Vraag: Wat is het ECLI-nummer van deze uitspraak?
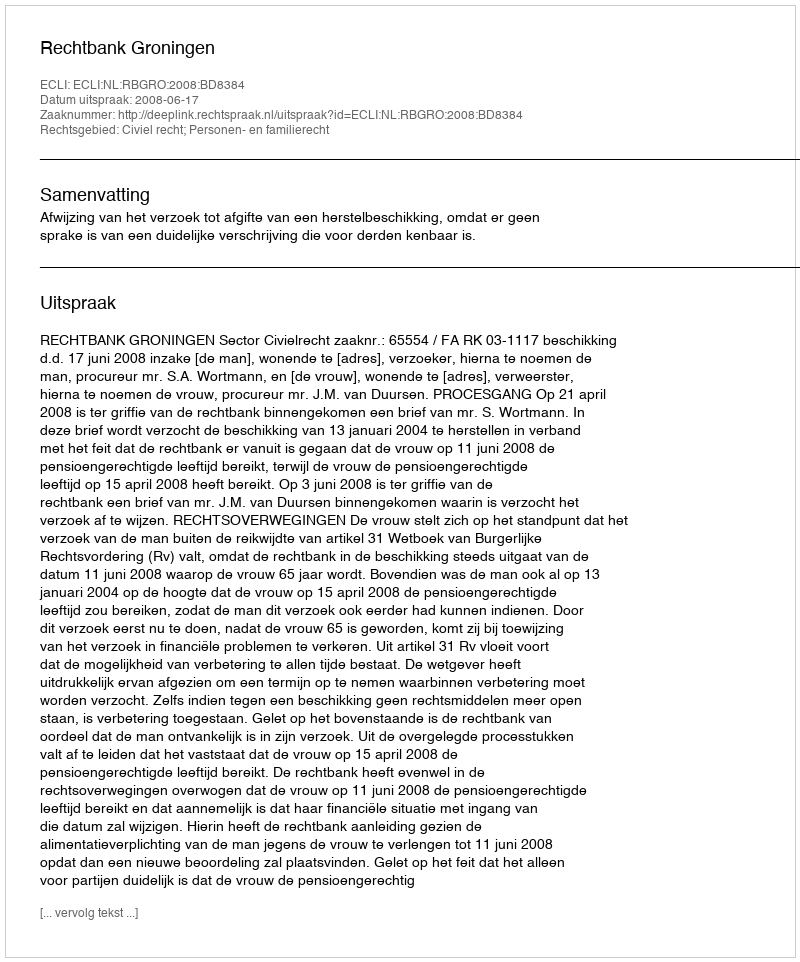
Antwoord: ECLI:NL:RBGRO:2008:BD8384